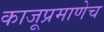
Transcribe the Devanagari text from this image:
काजूप्रमाणेच